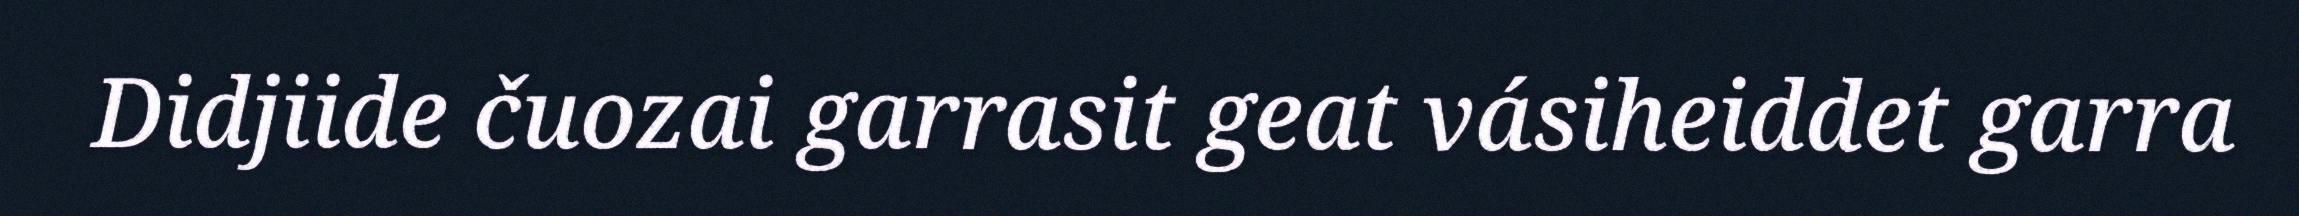
Didjiide čuozai garrasit geat vásiheiddet garra